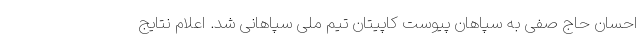
احسان حاج صفی به سپاهان پیوست کاپیتان تیم ملی سپاهانی شد. اعلام نتایج